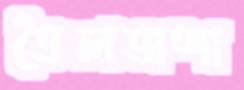
তৈলভাঙ্গা